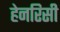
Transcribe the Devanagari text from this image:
हेनरिसी